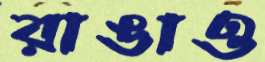
রাঙাও